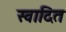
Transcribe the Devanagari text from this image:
स्वादित